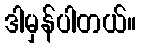
ဒါမှန်ပါတယ်။